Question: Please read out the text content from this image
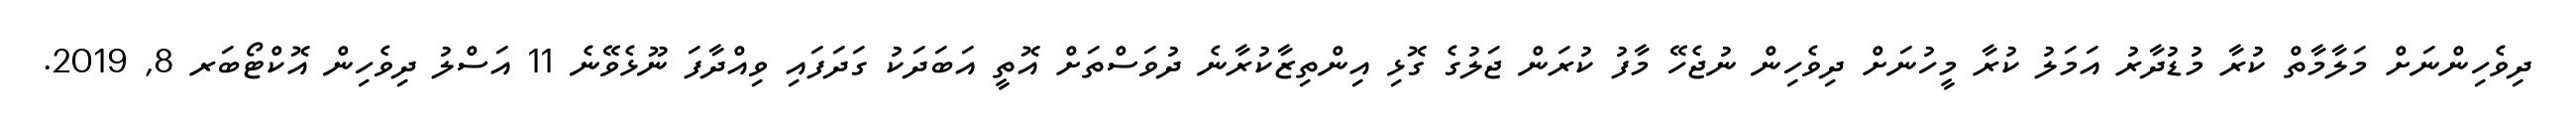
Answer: ދިވެހިންނަށް މަލާމާތް ކުރާ މުޑުދާރު އަމަލު ކުރާ މީހުނަށް ދިވެހިން ނުޖެހޭ މާފު ކުރަން ޖަލުގެ ގޮޅި އިންތިޒާކުރާނެ ދުވަސްތަށް އޮތީ އަބަދަކު ގަދަފައި ވިއްދާފަ ނޫޅެވޭނެ 11 އަސްލު ދިވެހިން އޮކްޓޯބަރ 8, 2019.